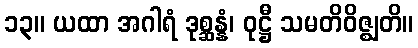
၁၃။ ယထာ အဂါရံ ဒုစ္ဆန္နံ၊ ဝုဋ္ဌီ သမတိဝိဇ္ဈတိ။